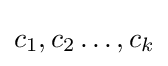
{\textstyle c_{1},c_{2}\ldots ,c_{k}}